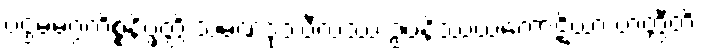
ပဌမမဂ္ဂကိစ္စနိပ္ဖတ္တိ သမဏဒုဿီလဿ ဥပနိဿယကောဋိယာ ဟတ္ထီတိ